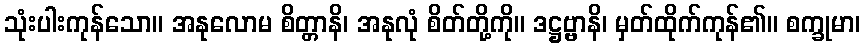
သုံးပါးကုန်သော။ အနုလောမ စိတ္တာနိ၊ အနုလုံ စိတ်တို့ကို။ ဒဋ္ဌဗ္ဗာနိ၊ မှတ်ထိုက်ကုန်၏။ စက္ခုမာ၊